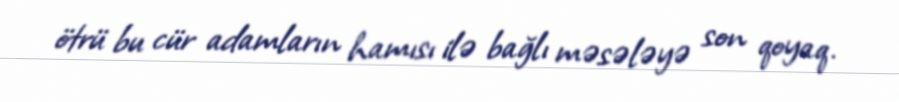
ötrü bu cür adamların hamısı ilə bağlı məsələyə son qoyaq.